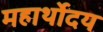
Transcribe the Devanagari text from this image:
महार्थोदय